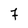
Character: 7